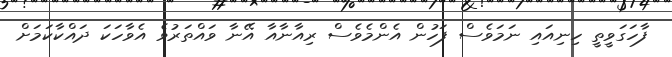
ފާހަގަވީތީ ހިނިއައި ނަމަވެސް ފަހުން އެންމެވެސް ރިއާނާއާ އޭނާ ވައްތަރުވެ އެވާހަކަ ދައްކާކަމަށް